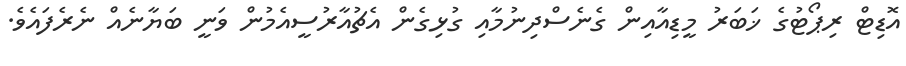
އޮޑިޓް ރިޕޯޓުގެ ޚަބަރު މީޑިއާއިން ގެނެސްދިނުމާއި ގުޅިގެން އެޗުއާރުސީއެމުން ވަނީ ބަޔާނެއް ނެރެފައެވެ.